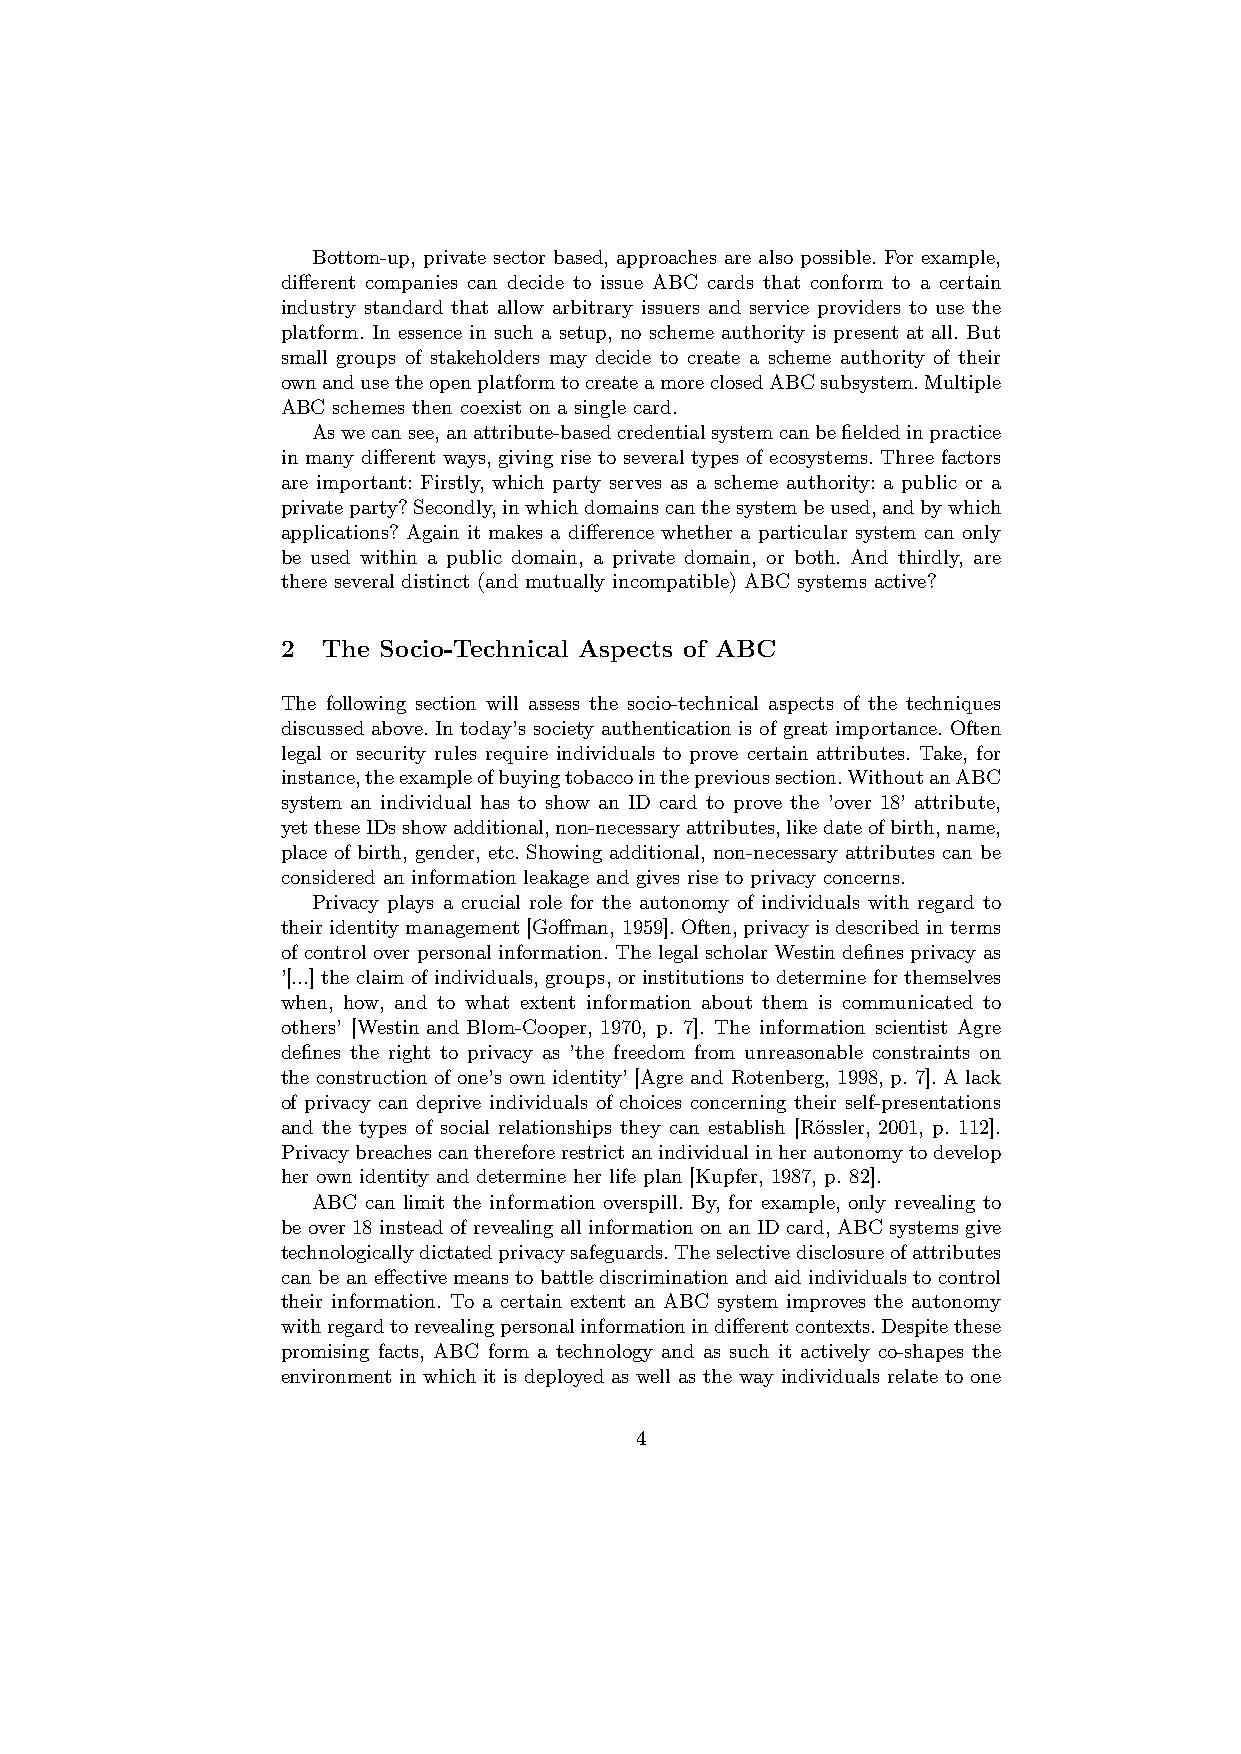
Bottom-up, private sector based, approaches are also possible. For example,
 different companies can decide to issue ABC cards that conform to a certain
 industry standard that allow arbitrary issuers and service providers to use the
 platform. In essence in such a setup, no scheme authority is present at all. But
 small groups of stakeholders may decide to create a scheme authority of their
 ownandusetheopenplatformtocreateamoreclosedABCsubsystem.Multiple
 ABC schemes then coexist on a single card.
 Aswecansee,anattribute-basedcredentialsystemcanbefieldedinpractice
 in many different ways, giving rise to several types of ecosystems. Three factors
 are important: Firstly, which party serves as a scheme authority: a public or a
 privateparty?Secondly,inwhichdomainscanthesystembeused,andbywhich
 applications? Again it makes a difference whether a particular system can only
 be used within a public domain, a private domain, or both. And thirdly, are
 there several distinct (and mutually incompatible) ABC systems active?
 2 The Socio-Technical Aspects of ABC
 The following section will assess the socio-technical aspects of the techniques
 discussed above. In today’s society authentication is of great importance. Often
 legal or security rules require individuals to prove certain attributes. Take, for
 instance,theexampleofbuyingtobaccointheprevioussection.WithoutanABC
 system an individual has to show an ID card to prove the ’over 18’ attribute,
 yettheseIDsshowadditional,non-necessaryattributes,likedateofbirth,name,
 place of birth, gender, etc. Showing additional, non-necessary attributes can be
 considered an information leakage and gives rise to privacy concerns.
 Privacy plays a crucial role for the autonomy of individuals with regard to
 theiridentitymanagement[Goffman, 1959].Often,privacyisdescribedinterms
 ofcontroloverpersonalinformation.ThelegalscholarWestindefinesprivacyas
 ’[...] the claim of individuals, groups, or institutions to determine for themselves
 when, how, and to what extent information about them is communicated to
 others’ [Westin and Blom-Cooper, 1970, p. 7]. The information scientist Agre
 defines the right to privacy as ’the freedom from unreasonable constraints on
 the construction of one’s own identity’ [Agre and Rotenberg, 1998, p. 7]. A lack
 of privacy can deprive individuals of choices concerning their self-presentations
 and the types of social relationships they can establish [Rössler, 2001, p. 112].
 Privacybreachescanthereforerestrictanindividualinherautonomytodevelop
 her own identity and determine her life plan [Kupfer, 1987, p. 82].
 ABC can limit the information overspill. By, for example, only revealing to
 be over 18 instead of revealing all information on an ID card, ABC systems give
 technologicallydictatedprivacysafeguards.Theselectivedisclosureofattributes
 canbeaneffectivemeanstobattlediscriminationandaidindividualstocontrol
 their information. To a certain extent an ABC system improves the autonomy
 withregardtorevealingpersonalinformationindifferentcontexts.Despitethese
 promising facts, ABC form a technology and as such it actively co-shapes the
 environment in which it is deployed as well as the way individuals relate to one
 4